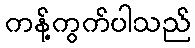
ကန့်ကွက်ပါသည်